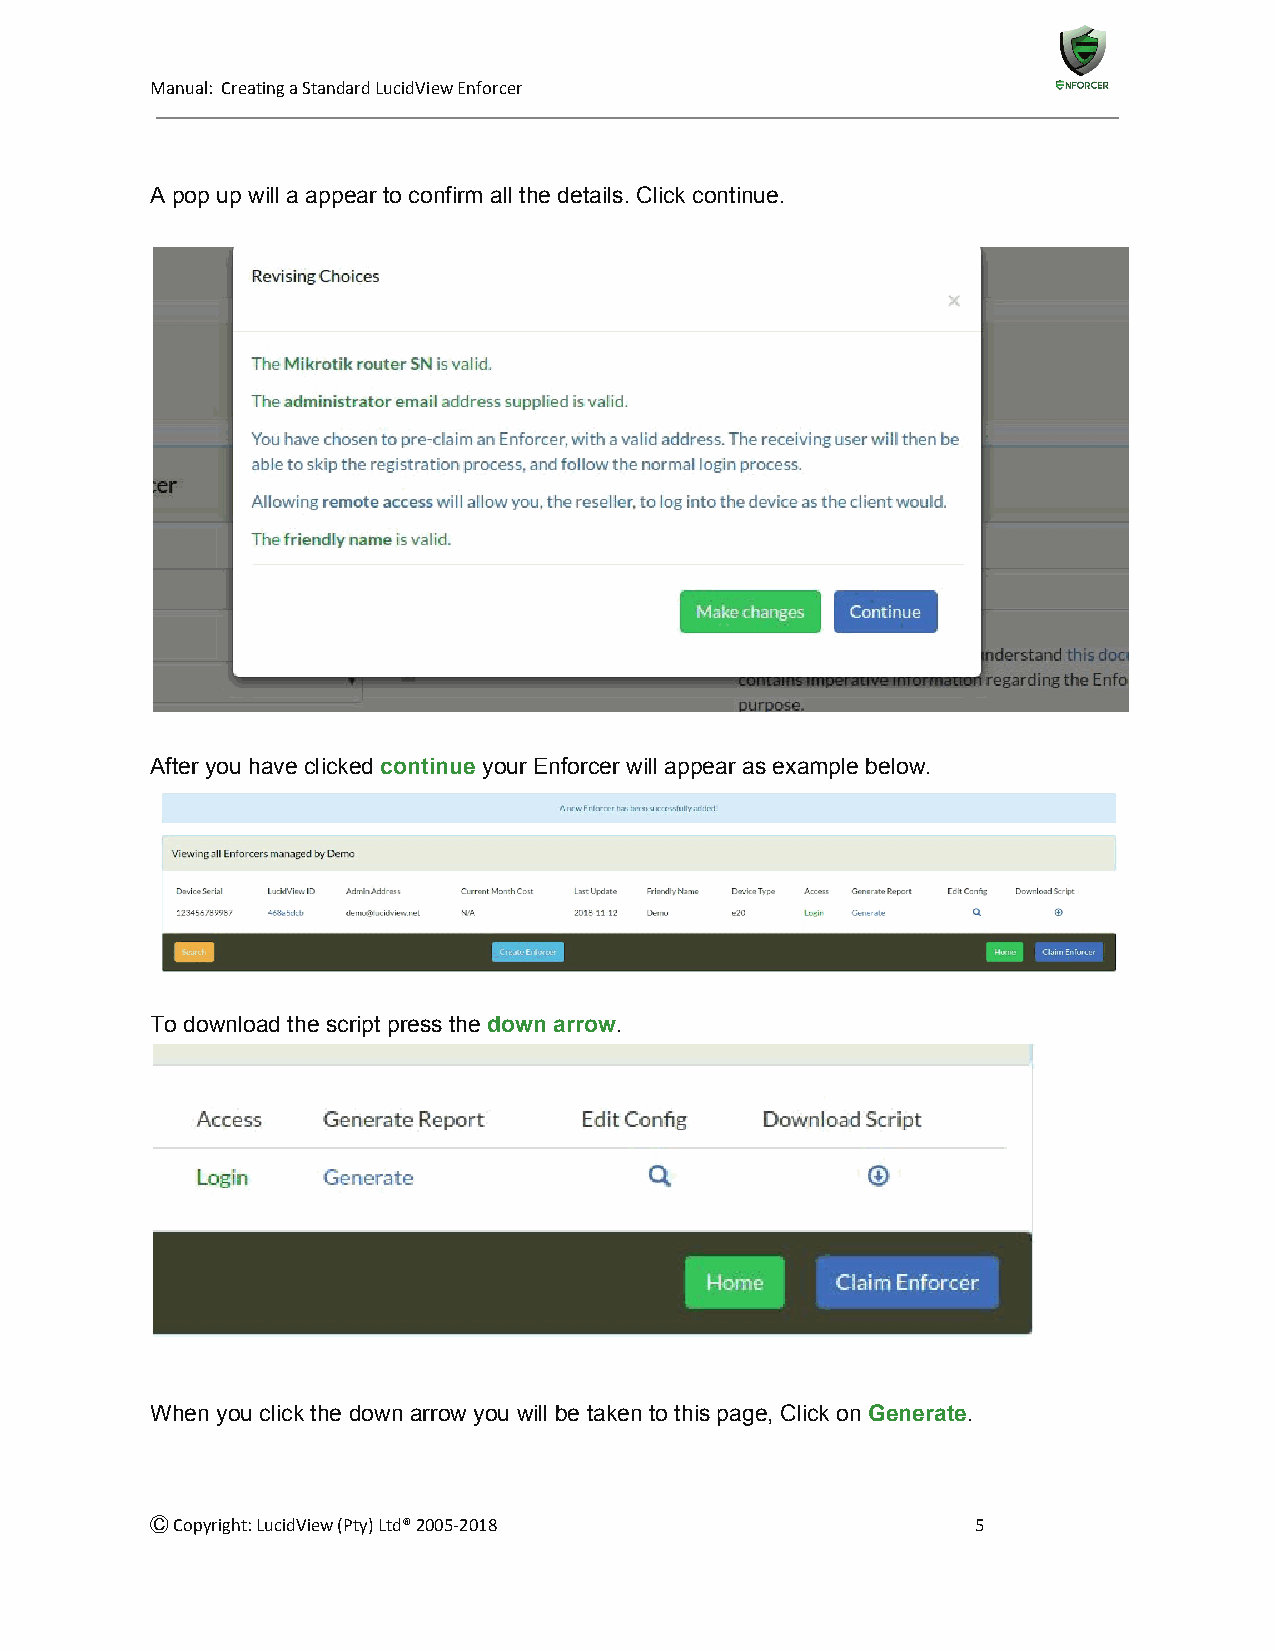
Manual: Creating a Standard LucidView Enforcer
 A pop up will a appear to confirm all the details. Click continue.
 After you have clicked continue your Enforcer will appear as example below.
 ​      ​​
 To download the script press the down arrow.
 ​        ​​
 When you click the down arrow you will be taken to this page, Click on Generate.
 ​      ​​
 Ⓒ Copyright: LucidView (Pty) Ltd® 2005-2018            5